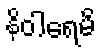
နိဝါရေမိ